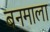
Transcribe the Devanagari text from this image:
बनमाला